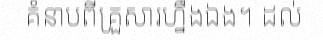
គំនាបពីគ្រួសារហ្នឹងឯង។ ដល់